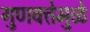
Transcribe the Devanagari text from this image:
गुणवत्तेमुळे